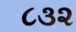
૮૩૨